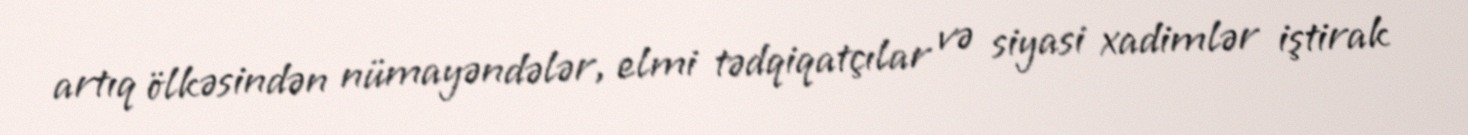
artıq ölkəsindən nümayəndələr, elmi tədqiqatçılar və siyasi xadimlər iştirak